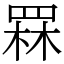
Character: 罧